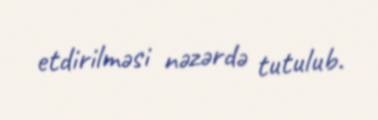
etdirilməsi nəzərdə tutulub.